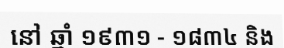
នៅ ឆ្នាំ ១៩៣១ - ១៨៣៤ និង